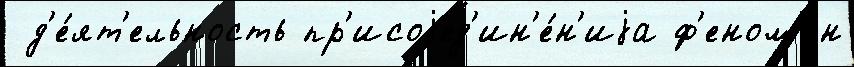
 д'е́ят'ельность пр'исоjед'ин'е́н'иjа ф'еном'ен